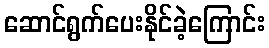
ဆောင်ရွက်ပေးနိုင်ခဲ့ကြောင်း